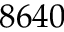
8 6 4 0